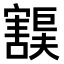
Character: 𫴙